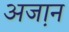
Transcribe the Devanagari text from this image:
अजा़न